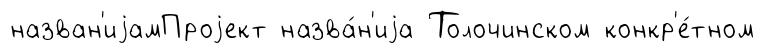
назван'иjамПроjект назва́н'иjа Толочинском конкр'е́тном